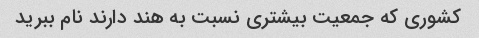
کشوری که جمعیت بیشتری نسبت به هند دارند نام ببرید